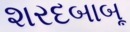
શરદબાબૂ